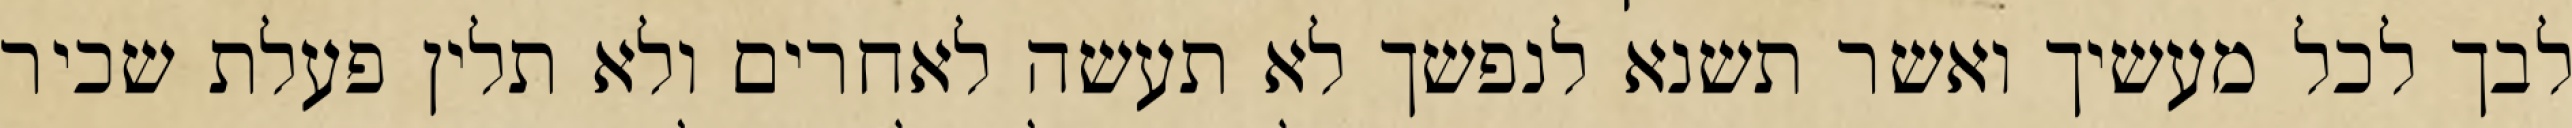
לבך לכל מעשיך ואשר תשנא לנפשך לא תעשה לאחרים ולא תלין פעלת שכיר